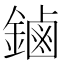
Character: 鏀